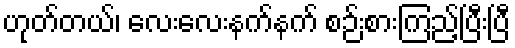
ဟုတ်တယ်၊ လေးလေးနက်နက် စဉ်းစားကြည့်ပြီးပြီ